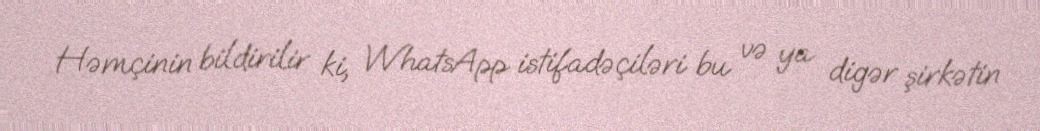
Həmçinin bildirilir ki, WhatsApp istifadəçiləri bu və ya digər şirkətin